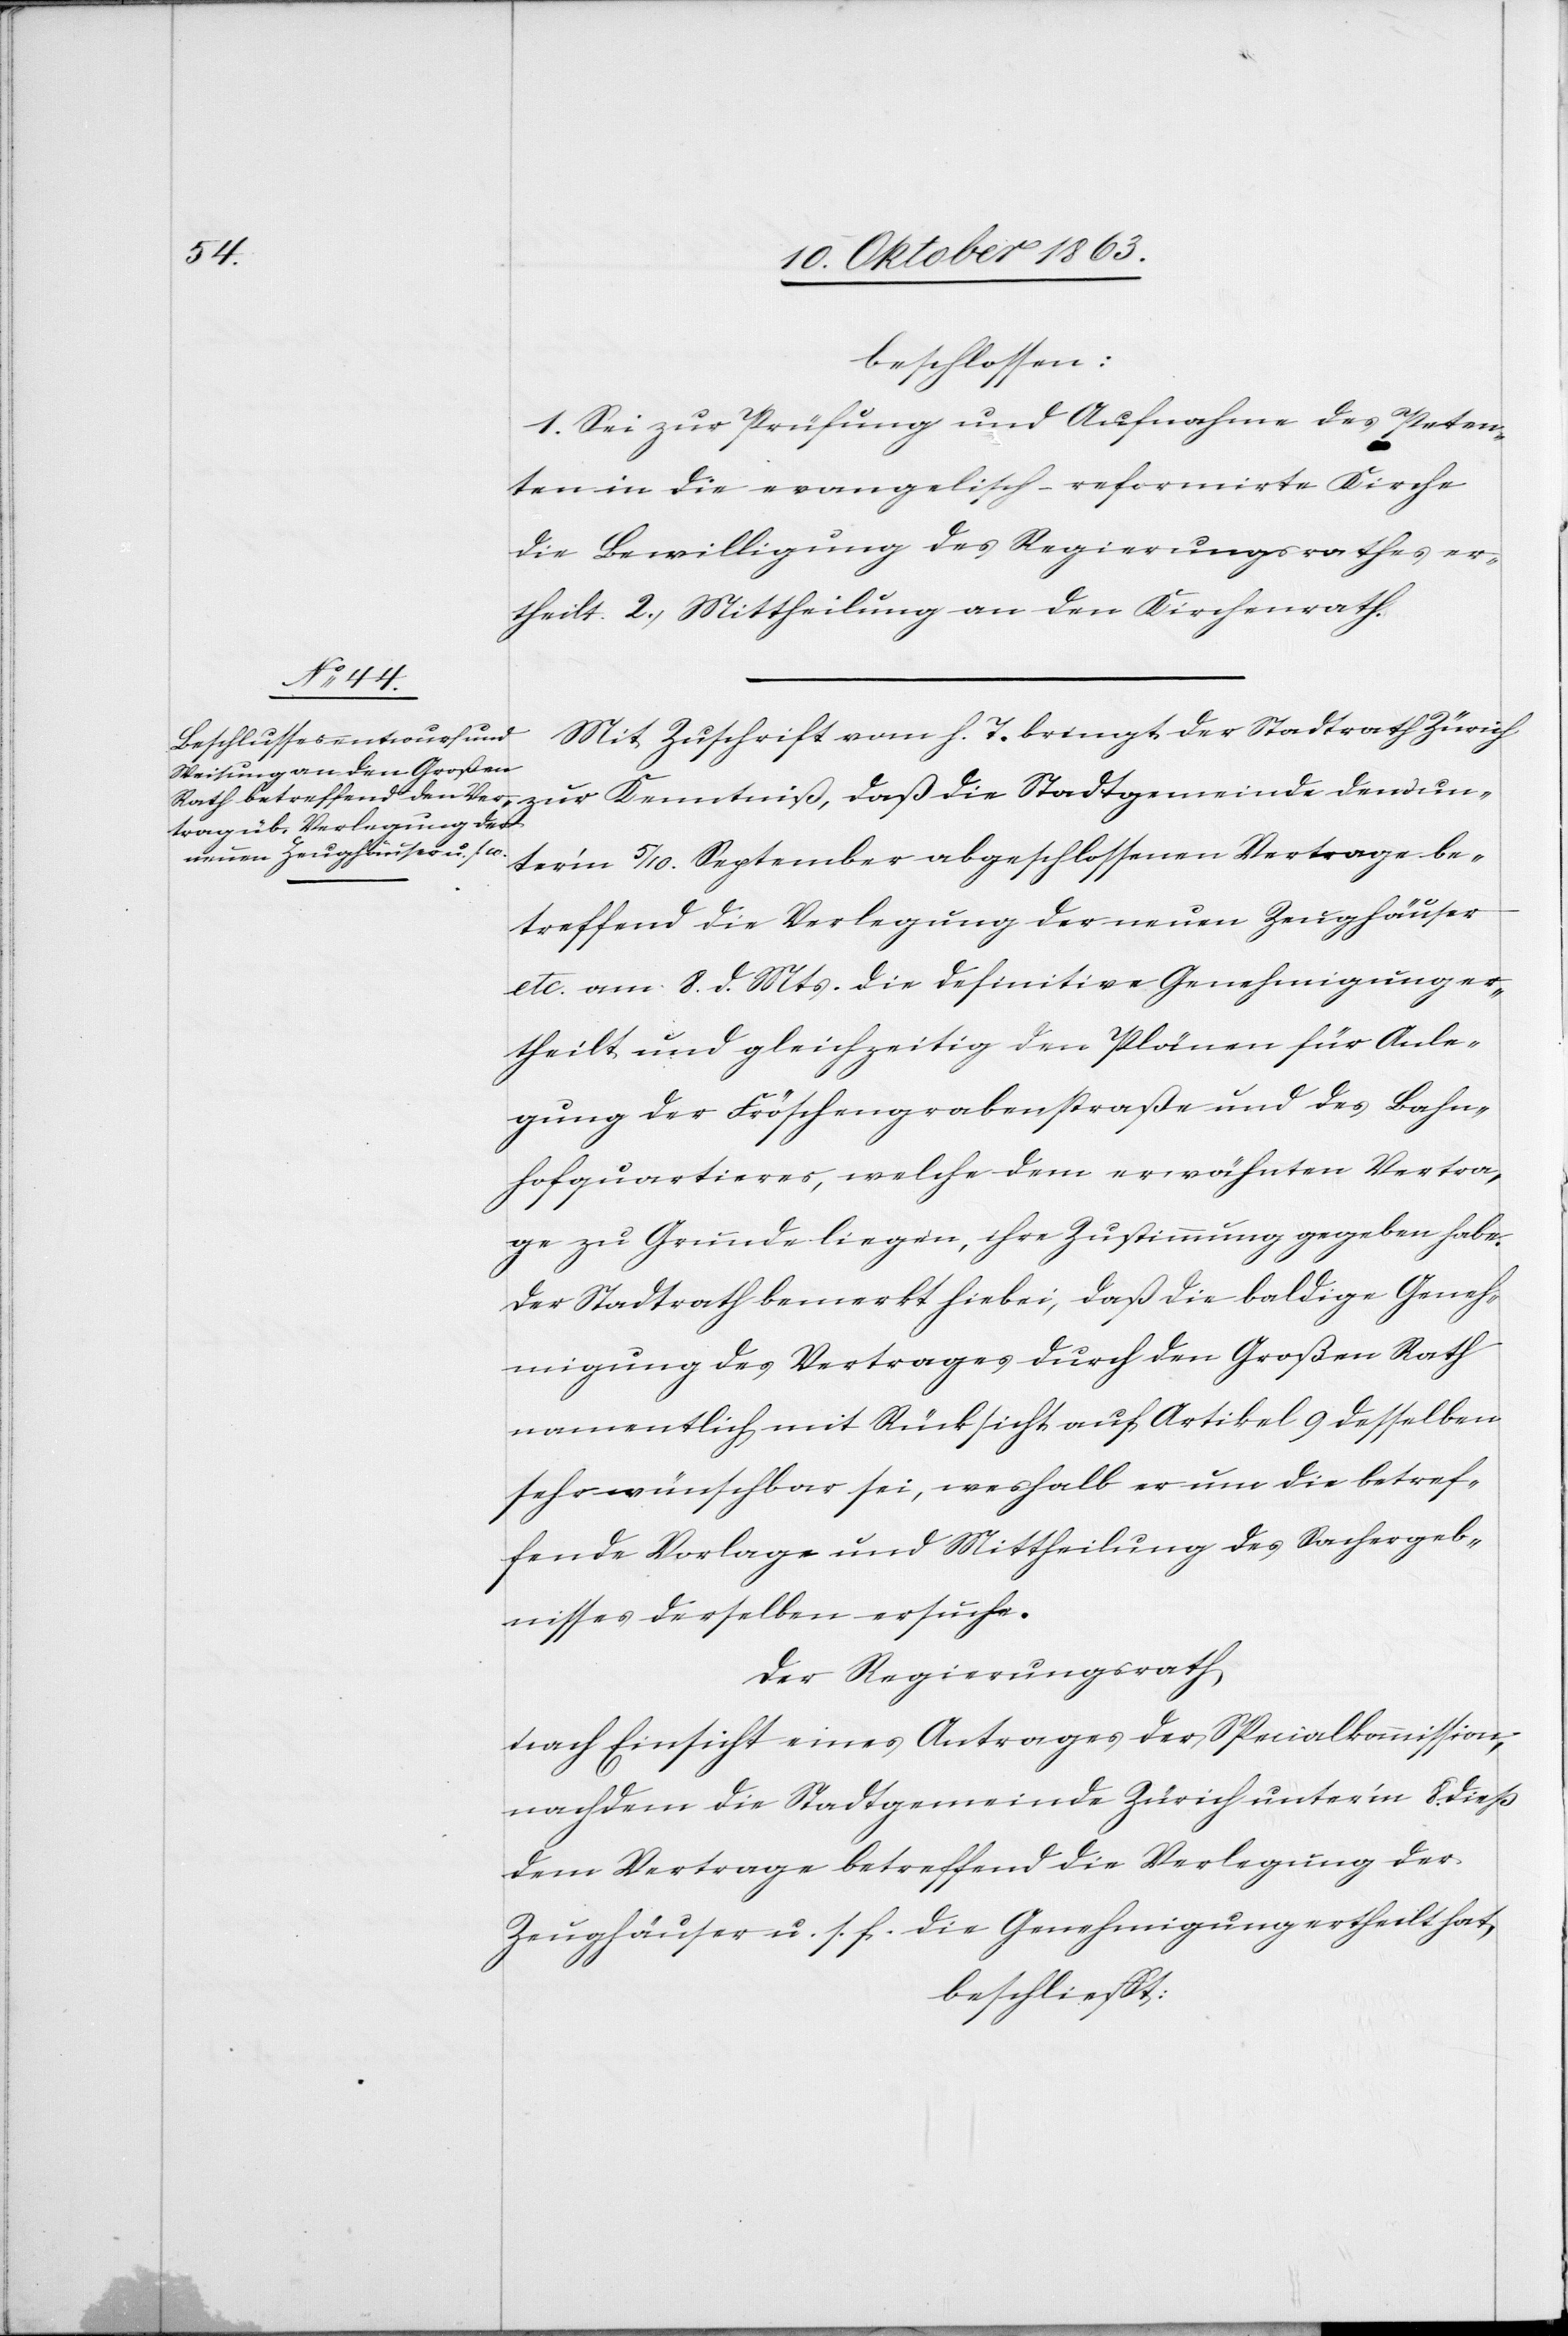
beschlossen:
1. Sei zur Prüfung und Aufnahme des Peten¬
ten in die evangelisch-reformirte Kirche
die Bewilligung des Regierungsrathes er¬
theilt. 2.) Mittheilung an den Kirchenrath.
Mit Zuschrift vom h. T. bringt der Stadtrath Zürich
unter'm 5/10. September abgeschlossenen Vertrage be¬
treffend die Verlegung der neuen Zeughäuser
etc. am 8. d. Mts. die definitive Genehmigung er¬
theilt und gleichzeitig den Plänen für Anle¬
gung der Fröschengrabenstraße und des Bahn¬
hofquartieres, welche dem erwähnten Vertra¬
ge zu Grunde liegen, ihre Zustimmung gegeben habe.
Der Stadtrath bemerkt hiebei, daß die baldige Geneh¬
migung des Vertrages durch den Großen Rath
namentlich mit Rücksicht auf Artikel 9 desselben
sehr wünschbar sei, weshalb er um die betref¬
fende Vorlage und Mittheilung des Sachergeb¬
nisses derselben ersuche.
Der Regierungsrath
nach Einsicht eines Antrages der Spezialkommission,
nachdem die Stadtgemeinde Zürich unter'm 8. dieß
dem Vertrage betreffend die Verlegung der
Zeughäuser u. s. f. die Genehmigung ertheilt hat,
beschliesst: